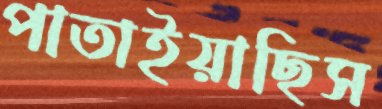
পাতাইয়াছিস